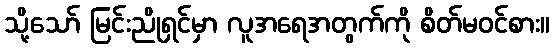
သို့သော် မြင်းညိုရှင်မှာ လူအရေအတွက်ကို စိတ်မဝင်စား။